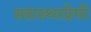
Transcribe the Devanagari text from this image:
स्वास्थ्यप्रेमी